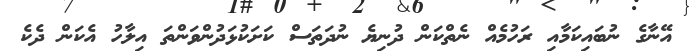
އޭނާގެ ނުބައިކަމާއި ރަހުމެއް ނެތްކަން ދުނިޔެ ނުދަތަސް ކަށަކުޅަދުންވަންތަ އިލާހު އެކަން ދެކެ